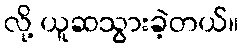
လို့ ယူဆသွားခဲ့တယ်။